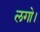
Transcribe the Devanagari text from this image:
लगो।